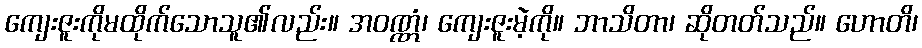
ကျေးဇူးကိုမထိုက်သောသူ၏လည်း။ အဝဏ္ဏံ၊ ကျေးဇူးမဲ့ကို။ ဘာသိတာ၊ ဆိုတတ်သည်။ ဟောတိ၊